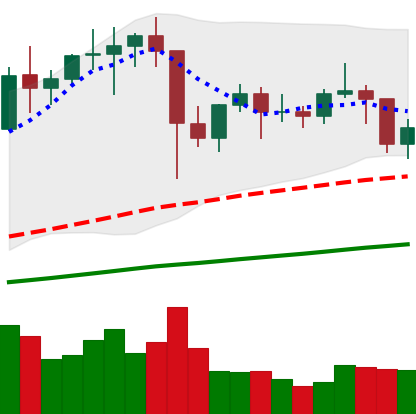
Ticker: LTC-USD
Chart end date: 2021-01-22
Forward return: -10.433%
Label: down_7plus